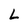
Character: L